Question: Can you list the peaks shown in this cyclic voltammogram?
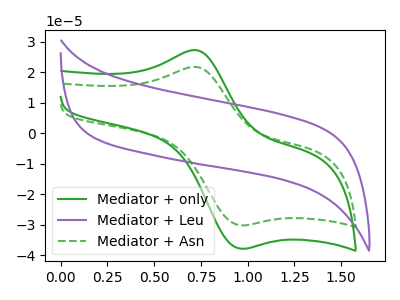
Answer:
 <answer>The green curve "Mediator + only" has an anodic peak at (0.70V, 27.30uA) and a cathodic peak at (0.95V, -37.80uA). The purple curve "Mediator + Leu" has no peaks. The green dashed curve "Mediator + Asn" has an anodic peak at (0.70V, 21.80uA) and a cathodic peak at (0.95V, -30.15uA).</answer>
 <eval></eval>